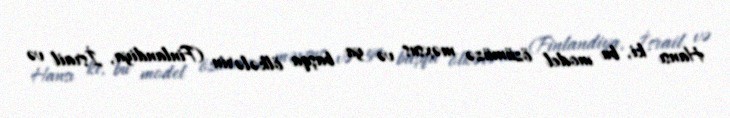
Hansı ki, bu model özümüzə məxsus və ya başqa ölkələrin (Finlandiya, İsrail və